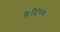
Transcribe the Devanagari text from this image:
७९८००